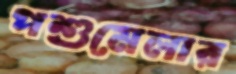
পশুমেলার